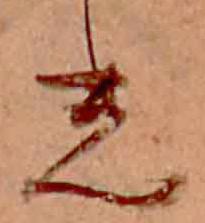
光